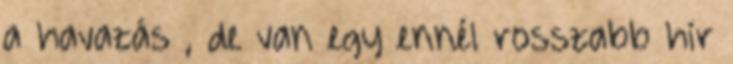
a havazás , de van egy ennél rosszabb hír